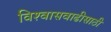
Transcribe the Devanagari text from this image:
विश्‍वासवाढीसाठी